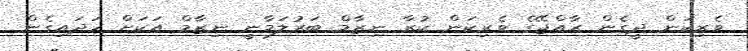
ވެރިކަން ދީގެން ރާއްޖޭގެ ވެރިކަން ކުރާ ނިޒާމް ބަރުލަމާނީ ނިޒާމް އަކަށް ހަދައިގެން